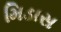
મિડાસ